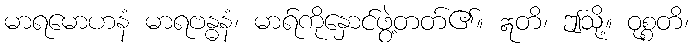
မာရမောဟနံ မာရဗန္ဓနံ၊ မာရ်ကိုနှောင်ဖွဲ့တတ်၏။ ဣတိ၊ ဤသို့။ ဝုစ္စတိ၊